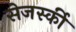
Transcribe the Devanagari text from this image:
सेजर्स्की